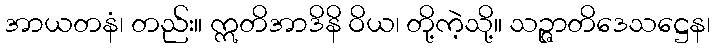
အာယတနံ၊ တည်း။ ဣတိအာဒိနိ ဝိယ၊ တို့ကဲ့သို့။ သဉ္ဇာတိဒေသဋ္ဌေန၊